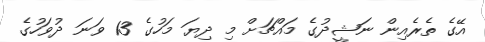
އޭގެ ތެރެއިން ނަޝީދުގެ މައްޗަށް މި ދިޔަ މަހުގެ 13 ވަނަ ދުވަހުގެ